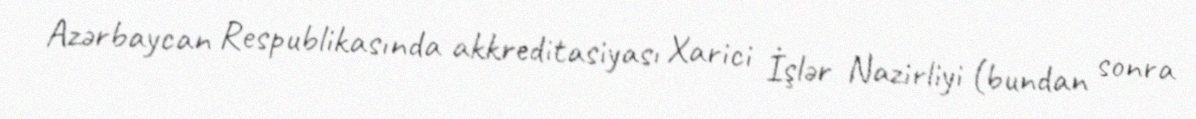
Azərbaycan Respublikasında akkreditasiyası Xarici İşlər Nazirliyi (bundan sonra